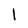
Character: l